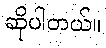
ဆိုပါတယ်။